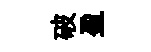
破盈